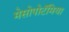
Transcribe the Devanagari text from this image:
मेसोपोटॅमिया